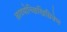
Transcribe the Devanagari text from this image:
छादयोच्छिखिग्रिवेण